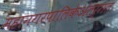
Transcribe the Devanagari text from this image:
महानगरपालिकेअंतर्गत